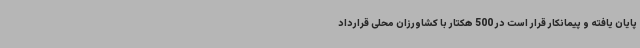
پایان یافته و پیمانکار قرار است در 500 هکتار با کشاورزان محلی قرارداد